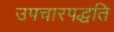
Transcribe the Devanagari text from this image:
उपचारपद्धति